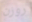
روزن